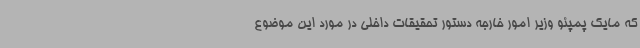
که مایک پمپئو وزیر امور خارجه دستور تحقیقات داخلی در مورد این موضوع